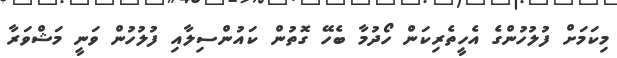
މިކަމަށް ފުލުހުންގެ އެހީތެރިކަން ހޯދުމާ ބެހޭ ގޮތުން ކައުންސިލާއި ފުލުހުން ވަނީ މަޝްވަރާ